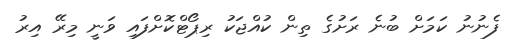
ފެނުނު ކަމަށް ބުނެ ރަށުގެ ތިން ކުއްޖަކު ރިޕޯޓްކޮށްފައި ވަނީ މިރޭ އިރު